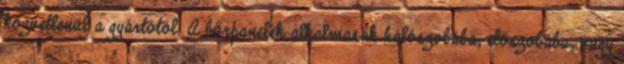
közvetlenül a gyártótól. A bőrpanelek alkalmasak hálószobába, előszobába, vagy